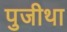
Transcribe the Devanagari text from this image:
पुजीथा